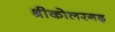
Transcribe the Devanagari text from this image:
श्रीकोलरगढ़